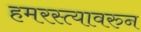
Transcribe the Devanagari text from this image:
हमरस्त्यावरुन